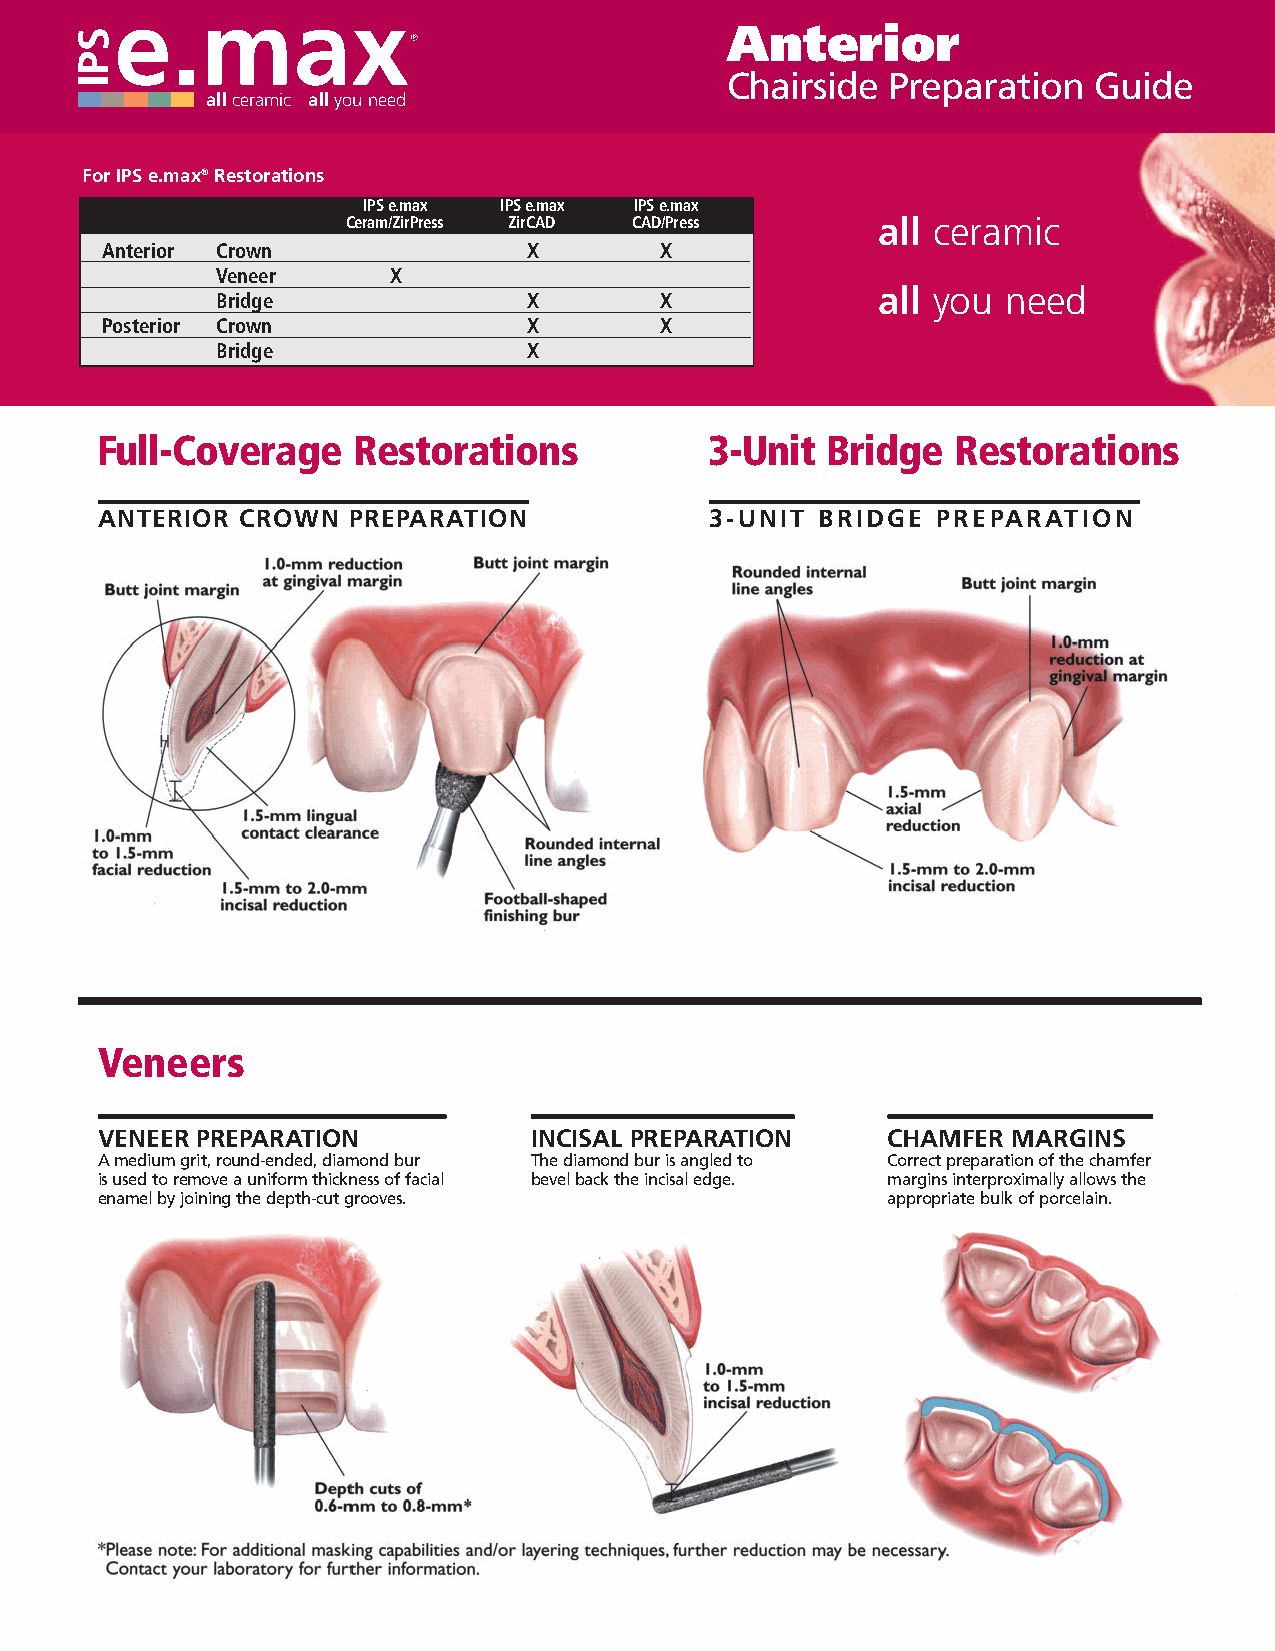
Anterior
 Chairside  Preparation  Guide
 allceramic allyou need
 For IPS e.max®Restorations
 IPS e.max IPS e.max IPS e.max
 Ceram/ZirPress ZirCAD CAD/Press    all ceramic
 Anterior Crown              X        X
 Veneer      X
 all you  need
 Bridge               X        X
 Posterior Crown             X        X
 Bridge               X
 Full-Coverage    Restorations            3-Unit  Bridge  Restorations
 ANTERIOR  CROWN  PREPARATION             3-UNIT BRIDGE  PREPARATION
 Veneers
 VENEER PREPARATION           INCISAL PREPARATION     CHAMFER MARGINS
 Amedium grit, round-ended, diamond bur The diamond bur is angled to Correct preparation of the chamfer
 is used to remove a uniformthickness of facial bevel back the incisal edge. margins interproximally allows the
 enamel by joining the depth-cut grooves.             appropriate bulk of porcelain.